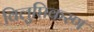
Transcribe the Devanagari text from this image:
विलुप्तिकरण